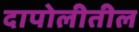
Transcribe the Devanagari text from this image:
दापोलीतील